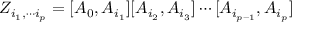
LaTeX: Z _ { i _ { 1 } , \cdots i _ { p } } = [ A _ { 0 } , A _ { i _ { 1 } } ] [ A _ { i _ { 2 } } , A _ { i _ { 3 } } ] \cdots [ A _ { i _ { p - 1 } } , A _ { i _ { p } } ]